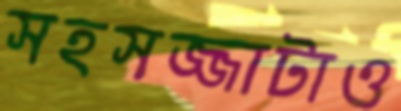
সহসজ্জাটাও